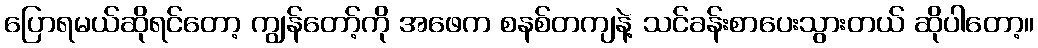
ပြောရမယ်ဆိုရင်တော့ ကျွန်တော့်ကို အဖေက စနစ်တကျနဲ့ သင်ခန်းစာပေးသွားတယ် ဆိုပါတော့။